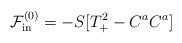
LaTeX: \begin{align*}\mathcal{F}_{\rm in}^{(0)}=-S[T_{+}^2-C^a C^a]\end{align*}